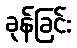
ခုန်ခြင်း